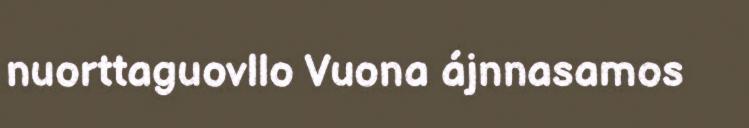
nuorttaguovllo Vuona ájnnasamos